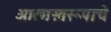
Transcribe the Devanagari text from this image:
आत्मस्वरूपाचे